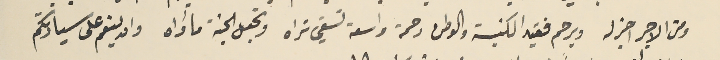
ومن الاجر اجزله ويرحم فقيد الكنيسَة والوطن رحمة واسعة تسَقي تراه وتجعل الجنة مأواه وان ينعم على سيادتكم